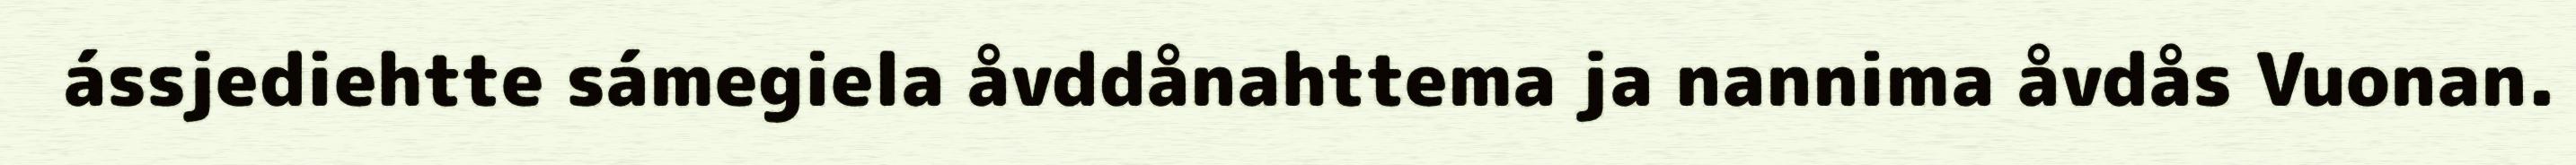
ássjediehtte sámegiela åvddånahttema ja nannima åvdås Vuonan.